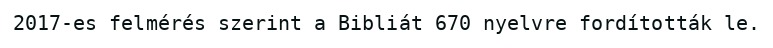
2017-es felmérés szerint a Bibliát 670 nyelvre fordították le.